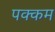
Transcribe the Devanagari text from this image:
पक्कम